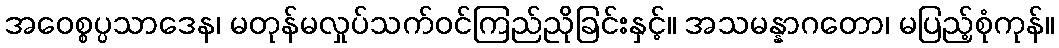
အဝေစ္စပ္ပသာဒေန၊ မတုန်မလှုပ်သက်ဝင်ကြည်ညိုခြင်းနှင့်။ အသမန္နာဂတော၊ မပြည့်စုံကုန်။